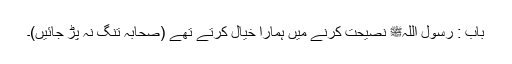
باب : رسول اللہﷺ نصیحت کرنے میں ہمارا خیال کرتے تھے (صحابہ تنگ نہ پڑ جائیں)۔